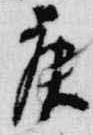
庚